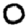
Digit: 0